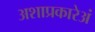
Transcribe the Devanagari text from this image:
अशाप्रकारेअं